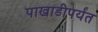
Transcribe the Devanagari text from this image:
पाखाडीपर्यंत